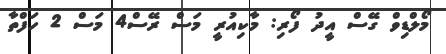
މޯލްޑިވް ގޭސް އީދު ފޯރި: މާކިއުރީ މަސް ރޭސް4 މަސް 2 ހަފްތާ